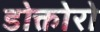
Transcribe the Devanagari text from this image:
डोक्तोरो